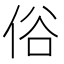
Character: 俗